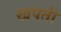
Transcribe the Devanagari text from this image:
खपती